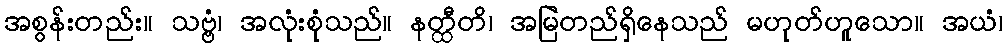
အစွန်းတည်း။ သဗ္ဗံ၊ အလုံးစုံသည်။ နတ္ထီတိ၊ အမြဲတည်ရှိနေသည် မဟုတ်ဟူသော။ အယံ၊